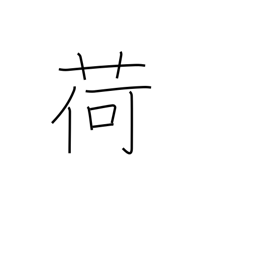
Meaning: baggage